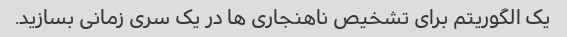
یک الگوریتم برای تشخیص ناهنجاری ها در یک سری زمانی بسازید.